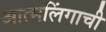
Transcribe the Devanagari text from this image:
आत्मलिंगाची